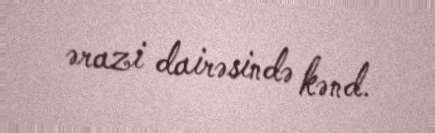
ərazi dairəsində kənd.